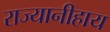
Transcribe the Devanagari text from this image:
राज्यानीहाय